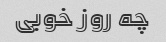
چه روز خوبی